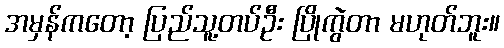
အမှန်ကတော့ ပြည်သူ့တပ်ဦး ပြိုကွဲတာ မဟုတ်ဘူး။